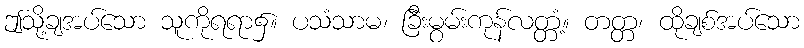
ဤသို့ချအပ်သော သူကိုရရာ၌။ ပသံသာမ၊ ခြီးမွမ်းကုန်လတ္တံ့။ တတ္တ၊ ထိုချစ်အပ်သော